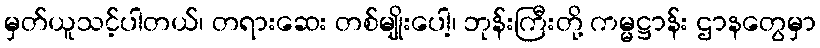
မှတ်ယူသင့်ပါတယ်၊ တရားဆေး တစ်မျိုးပေါ့၊ ဘုန်းကြီးတို့ ကမ္မဋ္ဌာန်း ဌာနတွေမှာ